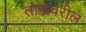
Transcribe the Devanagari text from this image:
तापावरील